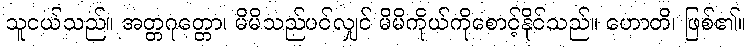
သူငယ်သည်။ အတ္တဂုတ္တော၊ မိမိသည်ပင်လျှင် မိမိကိုယ်ကိုစောင့်နိုင်သည်။ ဟောတိ၊ ဖြစ်၏။